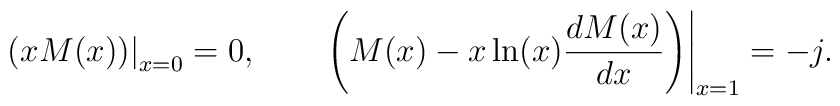
\left.\left(xM(x)\right)\right|_{x=0}=0, \qquad\left.\left(M(x) -x \ln(x)\frac{d M(x)}{d x}\right)\right|_{x=1}=-j.